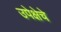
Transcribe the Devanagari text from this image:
उपेक्षेचे